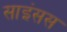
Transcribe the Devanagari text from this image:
साइंसस